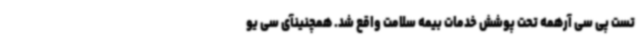
تست پی سی آرهمه تحت پوشش خدمات بیمه سلامت واقع شد. همچنینآی سی یو